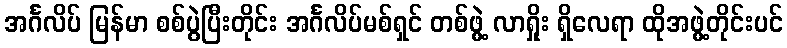
အင်္ဂလိပ် မြန်မာ စစ်ပွဲပြီးတိုင်း အင်္ဂလိပ်မစ်ရှင် တစ်ဖွဲ့ လာရှိုး ရှိလေရာ ထိုအဖွဲ့တိုင်းပင်